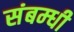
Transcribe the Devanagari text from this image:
संबम्धी